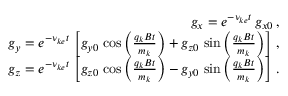
\begin{array} { r l r } & { } & { g _ { x } = e ^ { - \nu _ { k e } t } \, g _ { x 0 } \, , } \\ & { } & { g _ { y } = e ^ { - \nu _ { k e } t } \, \left[ g _ { y 0 } \, \cos \left( \frac { q _ { k } B t } { m _ { k } } \right) + g _ { z 0 } \, \sin \left( \frac { q _ { k } B t } { m _ { k } } \right) \right] \, , } \\ & { } & { g _ { z } = e ^ { - \nu _ { k e } t } \, \left[ g _ { z 0 } \, \cos \left( \frac { q _ { k } B t } { m _ { k } } \right) - g _ { y 0 } \, \sin \left( \frac { q _ { k } B t } { m _ { k } } \right) \right] \, . } \end{array}